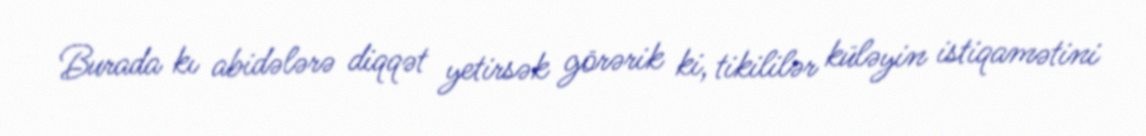
Burada kı abidələrə diqqət yetirsək görərik ki, tikililər küləyin istiqamətini